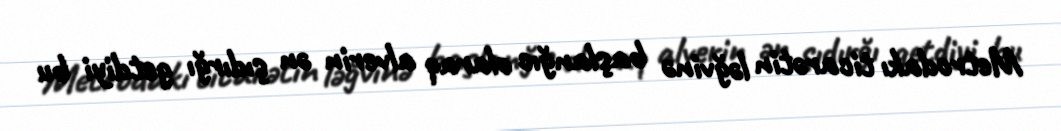
Metrodakı ticarətin ləğvinə başlanğıc olaraq alverin ən şıdırğı getdiyi bu